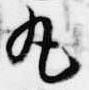
丸